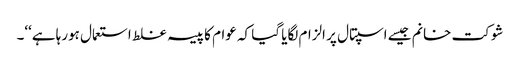
شوکت خانم جیسے اسپتال پر الزام لگایا گیا کہ عوام کا پیسہ غلط استعمال ہورہا ہے‘‘۔